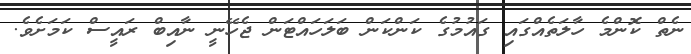
ނެތް ކޮންމެ ހާލަތެއްގައި ގައުމުގެ ކަންކަން ބަލަހައްޓަން ޖެހޭނީ ނާއިބް ރައީސް ކަމަށެވެ.